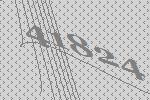
41824